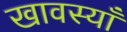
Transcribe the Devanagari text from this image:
खावस्याँ